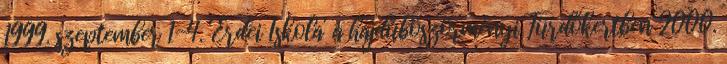
1999. szeptember 1-4. 'Erdei Iskola' a hajdúböszörményi Fürdőkertben 2000.